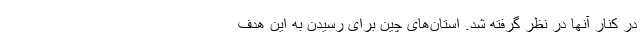
در کنار آنها در نظر گرفته شد. استان‌های چین برای رسیدن به این هدف